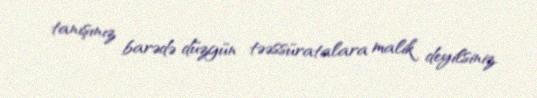
tanışınız barədə düzgün təəssüratalara malik deyilsiniz.